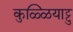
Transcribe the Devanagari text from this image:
कुळ्ळियाट्टु